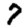
Digit: 7